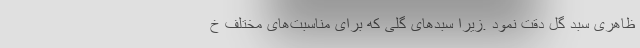
ظاهری سبد گل دقت نمود .زیرا سبدهای گلی که برای مناسبت‌های مختلف خ